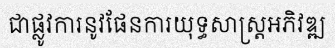
ជាផ្លូវការនូវផែនការយុទ្ធសាស្ត្រអភិវឌ្ឍ